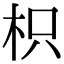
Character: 枳